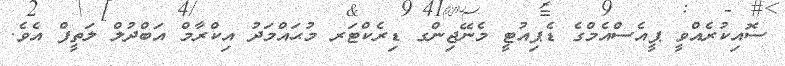
ސޮއިކުރެއްވީ ޕީއެސްއެމްގެ ޑެޕިއުޓީ މެނޭޖިންގ ޑިރެކްޓަރ މުޙައްމަދު އިކްރާމް އަބްދުލް ލަތީފް އެވެ.